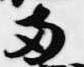
両